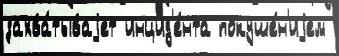
захва́тываjет инцид'е́нта покуше́н'иjем